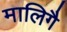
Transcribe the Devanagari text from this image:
मालिगै